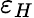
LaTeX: \varepsilon_{H}